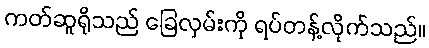
ကတ်ဆူရိုသည် ခြေလှမ်းကို ရပ်တန့်လိုက်သည်။